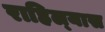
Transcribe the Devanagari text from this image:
राहिल्‍यास